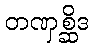
တဏှစ္ဆိဒ